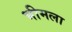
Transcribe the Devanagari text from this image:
भीमला